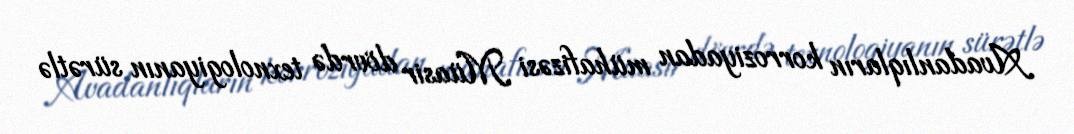
Avadanlıqların korroziyadan mühafizəsi Müasir dövrdə texnologiyanın sürətlə